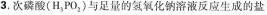
3.次磷酸（H_{3}PO_{2}）与足量的氢氧化钠溶液反应生成的盐